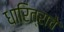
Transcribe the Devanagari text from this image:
धारित्राचे